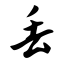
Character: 丢